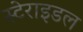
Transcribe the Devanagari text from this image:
स्टेराइडल